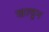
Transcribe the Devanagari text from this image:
खल्डून